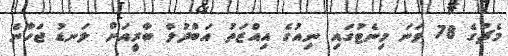
މެޗުގެ 78 ވަނަ މިނެޓުގައި ނިއުގެ އިއްޒަތު އަބްދުލް ބާރީއަށް ލަނޑު ޖަހާނެ